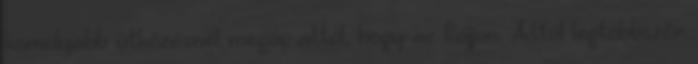
komolyabb ütközésnél megóv attól, hogy az fájjon. Attól legtöbbször